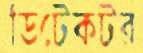
ডিটেকটর